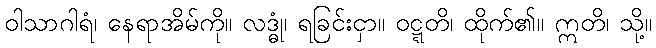
ဝါသာဂါရံ၊ နေရာအိမ်ကို။ လဒ္ဓုံ၊ ရခြင်းငှာ။ ဝဋ္ဋတိ၊ ထိုက်၏။ ဣတိ၊ သို့။